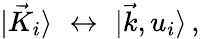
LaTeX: \vert{\vec{K}}_{i}\rangle\, \, \leftrightarrow\, \, \vert\vec{k},u_{i}\rangle\, ,